Report of the Indian Hemp Drugs Commission, 1894-1895 - Volume IV
Year: 1894
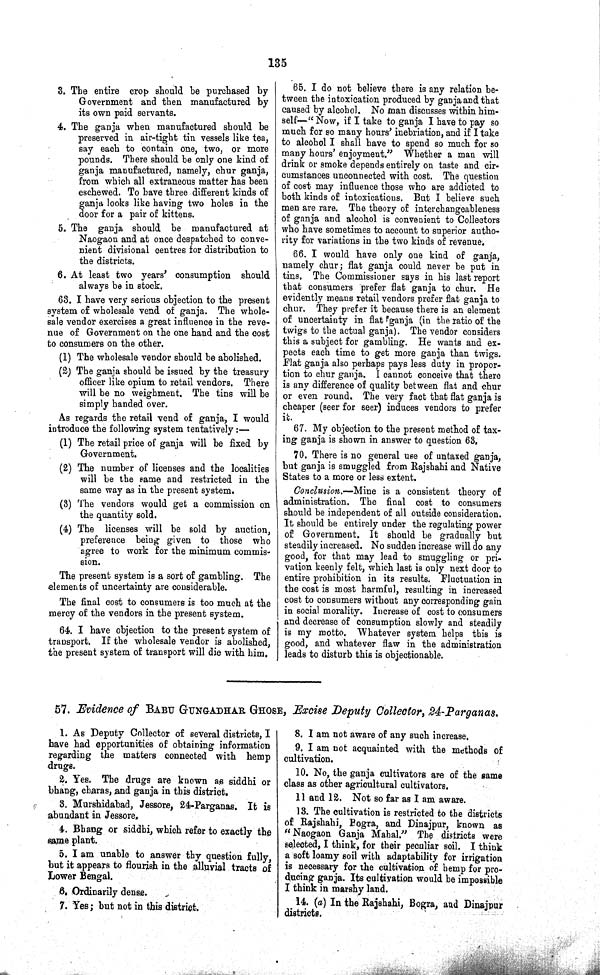
135
3. The entire crop should be purchased by
Government and then manufactured by
its own paid servants.
4. The ganja when manufactured should be
preserved in air-tight tin vessels like tea,
say each to contain one, two, or more
pounds. There should be only one kind of
ganja manufactured, namely, chur ganja,
from which all extraneous matter has been
eschewed. To have three different kinds of
ganja looks like having two holes in the
door for a pair of kittens.
5. The ganja should be manufactured at
Naogaon and at once despatched to conve¬
nient divisional centres for distribution to
the districts.
6. At least two years' consumption should
always be in stock.
63. I have very serious objection to the present
system of wholesale vend of ganja. The whole¬
sale vendor exercises a great influence in the reve-
nue of Government on the one hand and the cost
to consumers on the other.
(1) The wholesale vendor should be abolished.
(2) The ganja should be issued by the treasury
officer like opium to retail vendors. There
will be no weighment. The tins will be
simply handed over.
As regards the retail vend of ganja, I would
introduce the following system tentatively:—
(1) The retail price of ganja will be fixed by
Government.
(2) The number of licenses and the localities
will be the same and restricted in the
same way as in the present system.
(3) The vendors would get a commission on
the quantity sold.
(4) The licenses will be sold by auction,
preference being given to those who
agree to work for the minimum commis¬
sion.
The present system is a sort of gambling. The
elements of uncertainty are considerable.
The final cost to consumers is too much at the
mercy of the vendors in the present system.
64. I have objection to the present system of
transport. If the wholesale vendor is abolished,
the present system of transport will die with him.
65. I do not believe there is any relation be¬
tween the intoxication produced by ganja and that
caused by alcohol. No man discusses within him¬
self—" Now, if I take to ganja I have to pay so
much for so many hours' inebriation, and if I take
to alcohol I shall have to spend so much for so
many hours' enjoyment." Whether a man will
drink or smoke depends entirely on taste and cir¬
cumstances unconnected with cost. The question
of cost may influence those who are addicted to
both kinds of intoxicatious. But I believe such
men are rare. The theory of interchangeableness
of ganja and alcohol is convenient to Collectors
who have sometimes to account to superior autho¬
rity for variations in the two kinds of revenue.
66. I would have only one kind of ganja,
namely chur; flat ganja could never be put in
tins. The Commissioner says in his last report
that consumers prefer flat ganja to chur. He
evidently means retail vendors prefer flat ganja to
chur. They prefer it because there is an element
of uncertainty in flat ganja (in the ratio of the
twigs to the actual ganja). The vendor considers
this a subject for gambling. He wants and ex¬
pects each time to get more ganja than twigs.
Flat ganja also perhaps pays less duty in propor¬
tion to chur ganja. I cannot conceive that there
is any difference of quality between flat and chur
or even round. The very fact that flat ganja is
cheaper (seer for seer) induces vendors to prefer
it.
67. My objection to the present method of tax¬
ing ganja is shown in answer to question 63,
70. There is no general use of untaxed ganja,
but ganja is smuggled from Rajshahi and Native
States to a more or less extent.
Conclusion.—Mine is a consistent theory of
administration. The final cost to consumers
should be independent of all outside consideration.
It should be entirely under the regulating power
of Government. It should be gradually but
steadily increased. No sudden increase will do any
good, for that may lead to smuggling or pri¬
vation keenly felt, which last is only next door to
entire prohibition in its results. Fluctuation in
the cost is most harmful, resulting in increased
cost to consumers without any corresponding gain
in social morality. Increase of cost to consumers
and decrease of consumption slowly and steadily
is my motto. Whatever system helps this is
good, and whatever flaw in the administration
leads to disturb this is objectionable.
57. Evidence of BABU GUNGADHAR GHOSE, Excise Deputy Collector, 24-Parganas.
1. As Deputy Collector of several districts, I
have had opportunities of obtaining information
regarding the matters connected with hemp
drugs.
2. Yes. The drugs are known as siddhi or
bhang, charas, and ganja in this district.
3. Murshidabad, Jessore, 24-Parganas. It is
abundant in Jessore,
4. Bhang or siddhi, which refer to exactly the
same plant.
5. I am unable to answer thy question fully,
but it appears to flourish in the alluvial tracts of
Lower Bengal.
6. Ordinarily dense.
7. Yes; but not in this district.
8. I am not aware of any such increase.
9. I am not acquainted with the methods of
cultivation.
10. No, the ganja cultivators are of the same
class as other agricultural cultivators.
11 and 12. Not so far as I am aware.
13. The cultivation is restricted to the districts
of Rajshahi, Bogra, and Dinajpur, known as
"Naogaon Ganja Mahal." The districts were
selected, I think, for their peculiar soil. I think
a soft loamy soil with adaptability for irrigation
is necessary for the cultivation of hemp for pro¬
ducing ganja. Its cultivation would be impossible
I think in marshy land.
14. (a) In the Rajshahi, Bogra, and Dinajpur
districts.